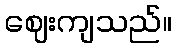
ဈေးကျသည်။